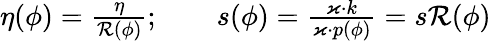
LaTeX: \begin{array}{r}{\eta(\phi)=\frac{\eta}{\mathcal{R}(\phi)};\qquad s(\phi)=\frac{\varkappa\cdot k}{\varkappa\cdot p(\phi)}=s\mathcal{R}(\phi)}\end{array}